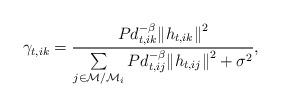
LaTeX: \begin{align*}{\gamma _{t,ik}} = \frac{{Pd_{t,ik}^{ - \beta }{{\left\| {{h_{t,ik}}} \right\|}^2}}}{{\sum\limits_{j \in {\mathcal{M} \mathord{\left/ {\vphantom {\mathcal{M} {{\mathcal{M}_i}}}} \right. \kern-\nulldelimiterspace} {{\mathcal{M}_i}}}} {Pd_{t,ij}^{ - \beta }{{\left\| {{h_{t,ij}}} \right\|}^2}+{\sigma ^2}} }},\end{align*}